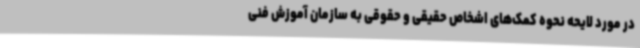
در مورد لایحه نحوه کمک‌های اشخاص حقیقی و حقوقی به سازمان آموزش فنی